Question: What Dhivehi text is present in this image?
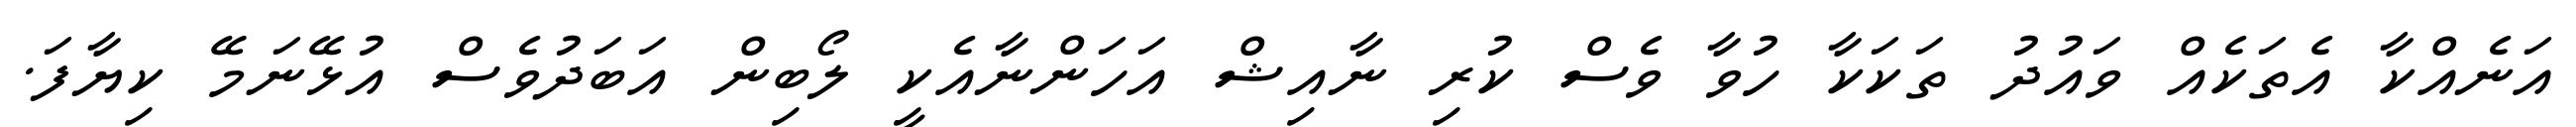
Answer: އަނެއްކާ އެތަކެއް ވައުދު ތަކަކާ ހުވާ ވެސް ކުރި ނާއިޝް އަހަންނާއެކީ ލޯބިން އަބަދުވެސް އުޅޭނަމޭ ކިޔާފަ.